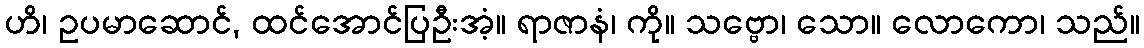
ဟိ၊ ဥပမာဆောင်, ထင်အောင်ပြဦးအံ့။ ရာဇာနံ၊ ကို။ သဗ္ဗော၊ သော။ လောကော၊ သည်။